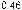
0.46